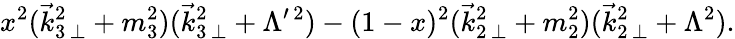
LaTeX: x^{2}(\vec{k}_{3\, \perp}^{2}+m_{3}^{2})(\vec{k}_{3\, \perp}^{2}+\Lambda^{\prime\, 2})-(1-x)^{2}(\vec{k}_{2\, \perp}^{2}+m_{2}^{2})(\vec{k}_{2\, \perp}^{2}+\Lambda^{2}).